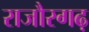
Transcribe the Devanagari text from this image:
राजौरगढ़